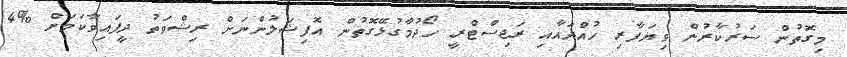
މިގޮތުން ސަރުކާރުން ވިޔަފާރި ހުއްދައާއި ރަޖިސްޓްރީ ހޯދުމާގުޅޭގޮތުން އޮފިޝަލުންނަށް ރިޝްވަތު ދީފައިވާކަމަށް %4